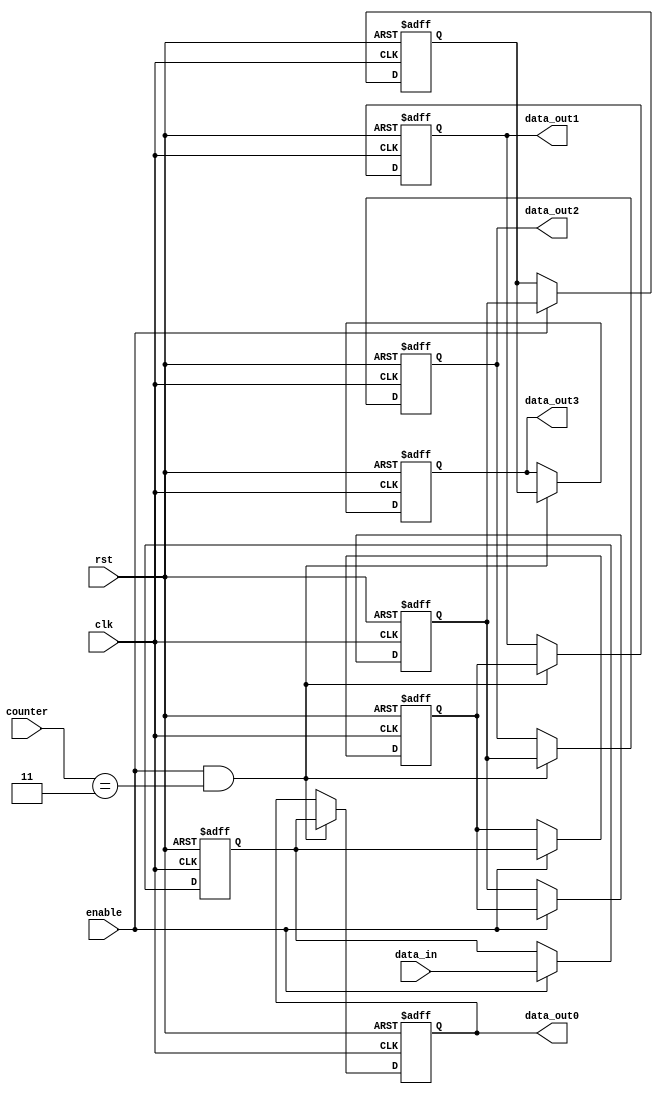
//
// FFT-1024
//
`resetall
`timescale 1ns/1ps
module s4p1_5(clk,
            rst,
            enable,
            counter,
            data_in,
            data_out0,
            data_out1,
            data_out2,
            data_out3);
  
  parameter WORDLENGTH=16;
  input clk,rst;
  input [1:0]counter;
  input enable;
  input [WORDLENGTH-1:0] data_in;
  
  output[WORDLENGTH-1:0] data_out0,
                         data_out1,
                         data_out2,
                         data_out3;
                         
  reg   [WORDLENGTH-1:0] data_out0,
                         data_out1,
                         data_out2,
                         data_out3;
                         
  reg   [WORDLENGTH-1:0] data0,
                         data1,
                         data2,
                         data3;

  
  always @ (posedge clk or negedge rst)
  begin
    if (!rst) 
	 begin
     data0<=0;
     data1<=0;
     data2<=0;
     data3<=0;
    end
    else if (enable == 1'b1) 
	 begin
      data0<=data_in;  //6
		data1<=data0;
      data2<=data1;
      data3<=data2;
    end
	end


 always @ (posedge clk or negedge rst)
begin
  if (!rst) begin
    data_out0<=0;
    data_out1<=0;
    data_out2<=0;
    data_out3<=0;
  end
  else if(enable == 1'b1 && counter==3) 
  begin
    data_out0<=data0;
    data_out1<=data1;
    data_out2<=data2;
    data_out3<=data3;
  end
end

endmodule